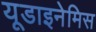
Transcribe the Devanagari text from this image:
यूडाइनेमिस